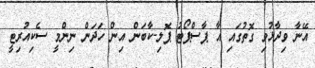
އޭނާ ވިދާޅުވި ގޮތުގައި އާ ޕާސްޕޯޓު ޕޮލި-ކާބަން އިން ހަދަން ނިންމީ ސެކިއުރިޓީ